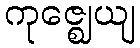
ကုဇ္ဈေယျ